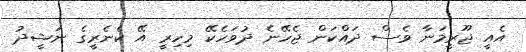
އެއީ ޖޫރީމަނާ ވެސް ދައްކަން ޖެހޭނެ ދުވަހެކޭ މިހިރީ އޭ ކެނެރީގެ ނަޝީދު